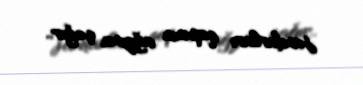
jandarları qapının ağzına çağır..